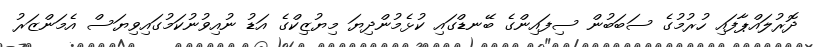
ދޮރުލައްޕާފައި ހުރުމުގެ ސަބަބުން ސިފައިންގެ ބޭނޑްގައި ކުޅެމުންދިޔަ މިޔުޒިކްގެ އަޑު ނުއިވުނުކަމުގައިވިޔަސް އެމަންޒަރު